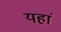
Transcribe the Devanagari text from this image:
यहां